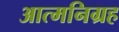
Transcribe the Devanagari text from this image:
आत्मनिग्रह